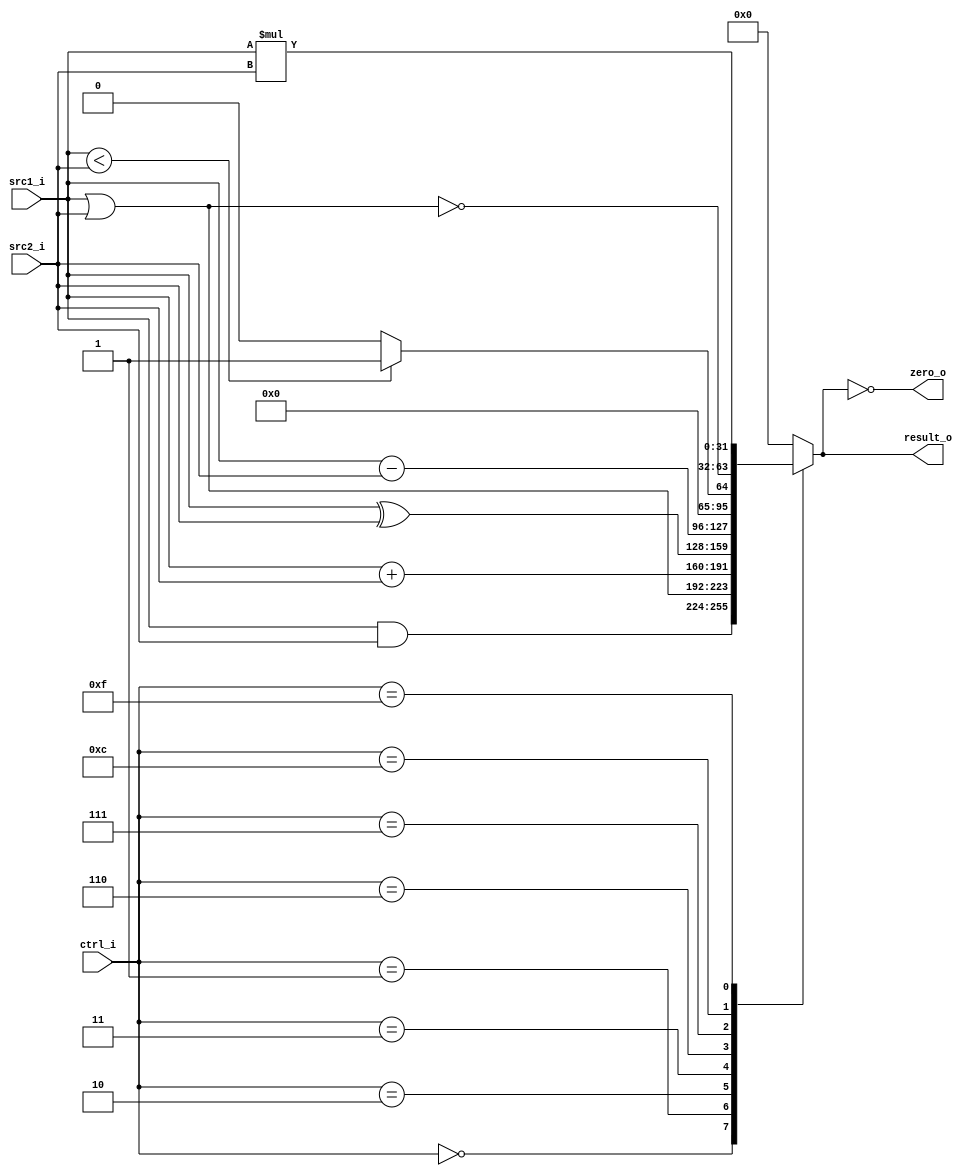
//Subject:     CO project 2 - ALU
//--------------------------------------------------------------------------------
//Version:     1
//--------------------------------------------------------------------------------
//Writer:      110550029
//----------------------------------------------
//Date:        
//----------------------------------------------
//Description: 
//--------------------------------------------------------------------------------
`timescale 1ns/1ps
module ALU(
    src1_i,
	src2_i,
	ctrl_i,
	result_o,
	zero_o
	);
     
//I/O ports
input signed [32-1:0]  src1_i;
input signed [32-1:0]  src2_i;
input  [4-1:0]   ctrl_i;

output [32-1:0]	 result_o;
output           zero_o;

//Internal signals
reg    [32-1:0]  result_o;
wire             zero_o;

//Parameter

//Main function
assign zero_o=(result_o==0);
always @(ctrl_i, src1_i, src2_i) begin
	case(ctrl_i)
		0: result_o <= src1_i&src2_i; //AND
		1: result_o <= src1_i|src2_i; //OR
		2: result_o <= src1_i+src2_i; //add
		3: result_o <= src1_i^src2_i; //XOR
		6: result_o <= src1_i-src2_i; //sub
		7: result_o <= src1_i<src2_i ? 1:0; //slt
		12: result_o <= ~(src1_i|src2_i); //NOR
		15: result_o <= src1_i*src2_i; //mult
		default: result_o <= 0;
	endcase
end

endmodule